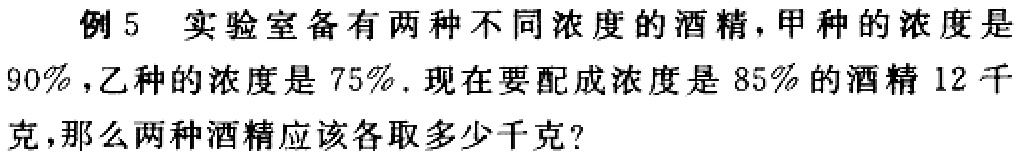
例5 实验室备有两种不同浓度的酒精，甲种的浓度是

$90\%$，乙种的浓度是$75\%$. 现在要配成浓度是$85\%$的酒精$12$千克，那么两种酒精应该各取多少千克？